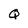
Character: Q